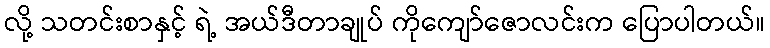
လို့ သတင်းစာနှင့် ရဲ့ အယ်ဒီတာချုပ် ကိုကျော်ဇောလင်းက ပြောပါတယ်။